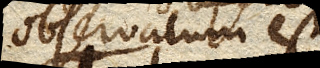
observatum est